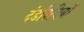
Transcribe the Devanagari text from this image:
दंडविधियाँ